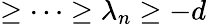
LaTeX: \geq\cdots\geq\lambda_{n}\geq-d